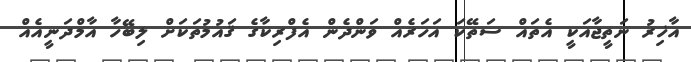
އާޚިރު ނަތީޖާއަކީ އެތައް ސަތޭކަ އަހަރެއް ވަންދެން އެފްރިކާގެ ޤައުމުތަކަށް ލިބޭހާ އާމްދަނީއެއް